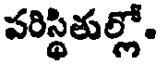
పరిస్థితుల్లో